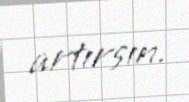
artırsın.